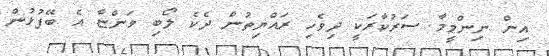
އިން ނިންމީމާ ސަރުކާރަކީ ދިވެހި ރައްޔިތުން ދެކެ ލޯބި ވަންޏާ އެ ބޭފުޅުން